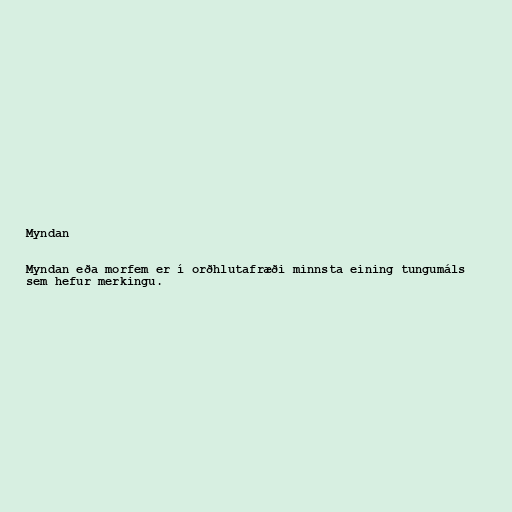
Myndan

Myndan eða morfem er í orðhlutafræði minnsta eining tungumáls
sem hefur merkingu.